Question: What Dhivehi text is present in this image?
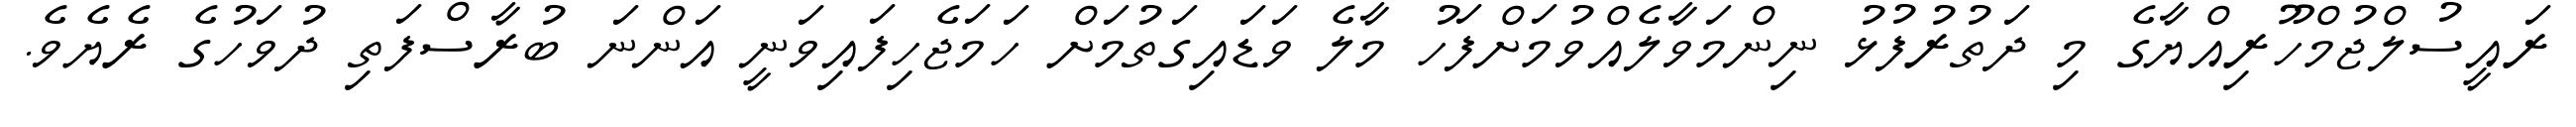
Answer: ރައީސުލްޖުމްހޫރިއްޔާގެ މި ދަތުރުފުޅު ނިންމަވާލެއްވުމަށްފަހު މާލެ ވަޑައިގަތުމަށް ހަމަޖެހިފައިވަނީ އަންނަ ބުރާސްފަތި ދުވަހުގެ ރެޔެވެ.